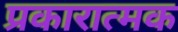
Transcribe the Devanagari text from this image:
प्रकारात्मक